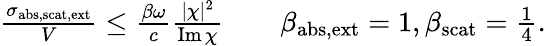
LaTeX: \begin{array}{r}{\frac{\sigma_{\mathrm{abs,scat,ext}}}{V}\leq\frac{\beta\omega}{c}\frac{|\chi|^{2}}{\operatorname{Im}\chi}\qquad\beta_{\mathrm{abs,ext}}=1,\beta_{\mathrm{scat}}=\frac{1}{4}.}\end{array}